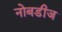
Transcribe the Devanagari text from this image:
नोबडीज